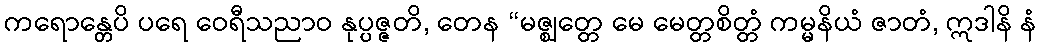
ကရောန္တေပိ ပရေ ဝေရီသညာဝ နုပ္ပဇ္ဇတိ, တေန “မဇ္ဈတ္တေ မေ မေတ္တစိတ္တံ ကမ္မနိယံ ဇာတံ, ဣဒါနိ နံ